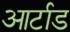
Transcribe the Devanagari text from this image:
आर्टाड